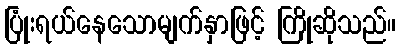
ပြုံးရယ်နေသောမျက်နှာဖြင့် ကြိုဆိုသည်။